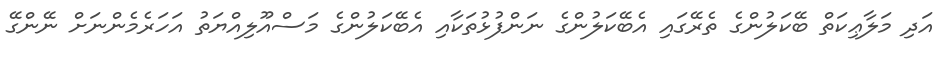
އަދި މަލާޢިކަތް ބޭކަލުންގެ ތެރޭގައި އެބޭކަލުންގެ ނަންފުޅުތަކާއި އެބޭކަލުންގެ މަސްއޫލިއްޔަތު އަހަރެމެންނަށް ނޭންގޭ